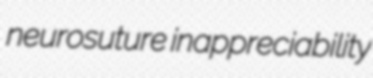
neurosuture inappreciability